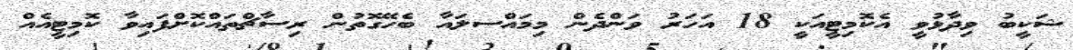
ޝަކީބު ވިދާޅުވީ އެކޮމިޓީއަކީ 18 އަހަރު ވަންދެން މިމައްސލައާ ބެހޭގޮތުން ރިސާޗްތައްކޮށްފައިވާ ކޮމިޓީއެއް